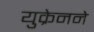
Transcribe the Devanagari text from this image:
युक्रेनने